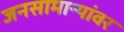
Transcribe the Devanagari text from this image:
जनसामान्यांवर